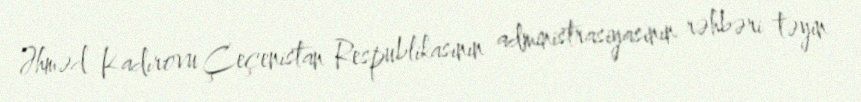
Əhməd Kadırovu Çeçenistan Respublikasının administrasiyasının rəhbəri təyin